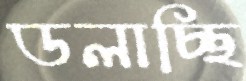
ডলাচ্ছি